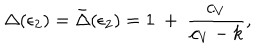
\Delta ( \epsilon _ { 2 } ) = \bar { \Delta } ( \epsilon _ { 2 } ) = 1 ~ + ~ { \frac { c _ { V } } { c _ { V } - k } } ,